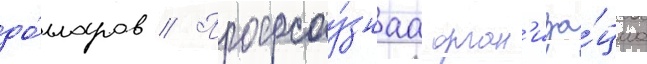
до́лларов // Профсоу́знаа орган'иза́циа